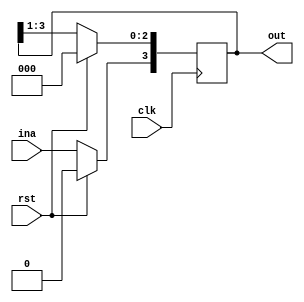
`timescale 1ns / 1ps

module sr(clk, rst, ina, out);
input clk, rst, ina;
output [3:0] out;
reg [3:0] out;

initial out = 4'b0000;

always @(posedge clk) begin
    if(rst == 1'b1) out = 4'b0000;
    else begin
    out = out >> 1;
    out[3] = ina;
    end
end

endmodule